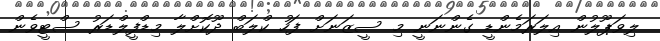
ލިވަޕޫލުން އިލަރަމެންޑީ ގެންނަނީ މި ސީޒަނަށް ފަހު ކްލަބް ދޫކޮށްލާ މިޑްފީލްޑަރު ސްޓީވެން